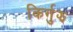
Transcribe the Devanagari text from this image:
किर्गुझ